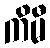
ကိမီ